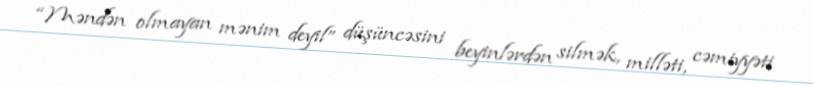
“Məndən olmayan mənim deyil” düşüncəsini beyinlərdən silmək, milləti, cəmiyyəti